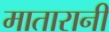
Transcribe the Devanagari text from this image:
मातारानी